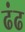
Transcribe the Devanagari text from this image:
ढंढ